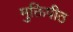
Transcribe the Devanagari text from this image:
मुक्तिपीठ